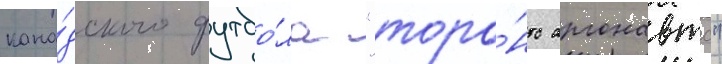
кана́дского футбо́ла "торо́нто аргонавтс"